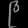
Digit: ၉